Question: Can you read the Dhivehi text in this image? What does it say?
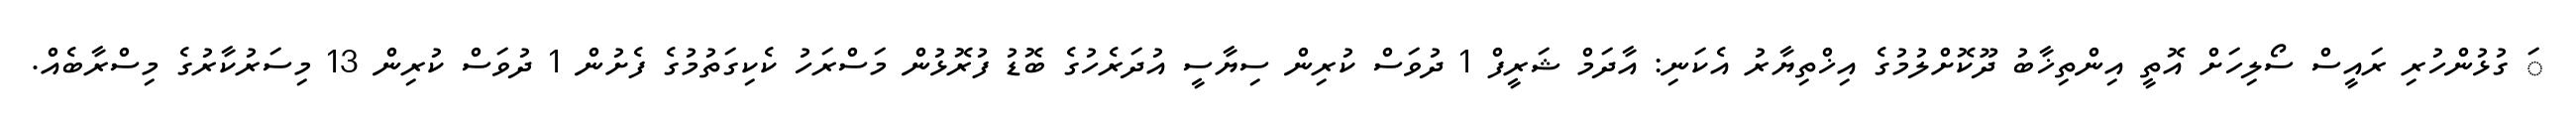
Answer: ަ ގުޅުންހުރި ރައީސް ސޯލިހަށް އޮތީ އިންތިޚާބު ދޫކޮށްލުމުގެ އިޚްތިޔާރު އެކަނި: އާދަމް ޝަރީފް 1 ދުވަސް ކުރިން ސިޔާސީ އުދަރެހުގެ ބޮޑު ފުރޮޅުން މަސްރަހު ކެކިގަތުމުގެ ފެށުން 1 ދުވަސް ކުރިން 13 މިސަރުކާރުގެ މިސްރާބެއް.